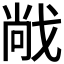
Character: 𫻹